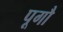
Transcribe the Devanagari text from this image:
पूगौ